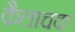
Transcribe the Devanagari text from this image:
कैलाचक